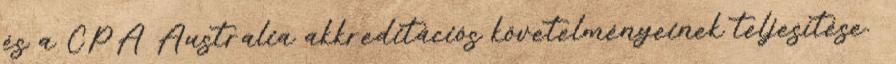
és a CPA Australia akkreditációs követelményeinek teljesítése.